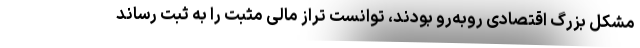
مشکل بزرگ اقتصادی روبه‌رو بودند، توانست تراز مالی مثبت را به ثبت رساند